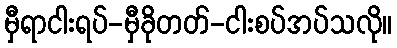
မှီရာငါးရပ်-မှီခိုတတ်-ငါးစပ်အပ်သလို။